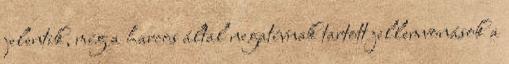
jelentik, míg a harcos által negatívnak tartott jellemvonások a